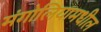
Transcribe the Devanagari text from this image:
मंगोलियामधील